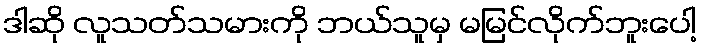
ဒါဆို လူသတ်သမားကို ဘယ်သူမှ မမြင်လိုက်ဘူးပေါ့